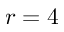
r = 4